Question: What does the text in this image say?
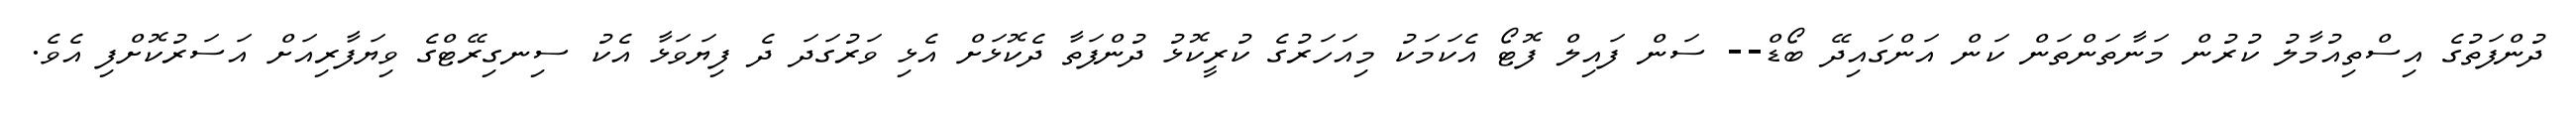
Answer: ދުންފަތުގެ އިސްތިއުމާލު ކުރުން މަނާތަންތަން ކަން އަންގައިދޭ ބޯޑް-- ސަން ފައިލް ފޮޓޯ އެކަމަކު މިއަހަރުގެ ކުރީކޮޅު ދުންފަތާ ދެކޮޅަށް އެޅި ވަރުގަދަ ދެ ފިޔަވަޅާ އެކު ސިނގިރޭޓްގެ ވިޔަފާރިއަށް އަސަރުކޮށްފި އެވެ.